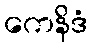
ကေနိဒံ